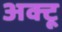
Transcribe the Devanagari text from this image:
अक्टू